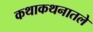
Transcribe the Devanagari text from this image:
कथाकथनातले